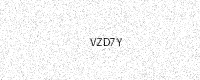
Text: VZD7Y